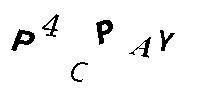
P4CPAY